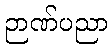
ဉာဏ်ပညာ